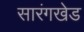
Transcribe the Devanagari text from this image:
सारंगखेड